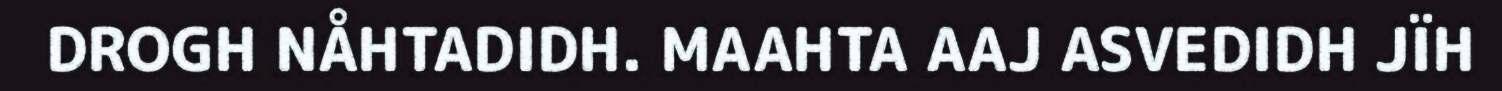
DROGH NÅHTADIDH. MAAHTA AAJ ASVEDIDH JÏH